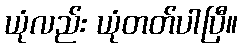
ယုံလည်း ယုံတတ်ပါပြီ။